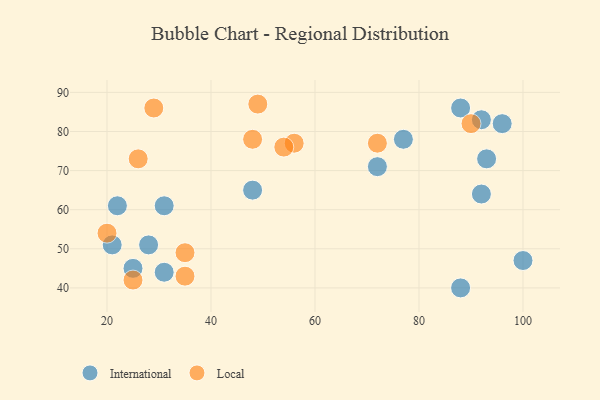
{"axis": {"x": "GDP", "y": "Life Expectancy"}, "legend": ["International", "Local"], "data": [{"x": "72", "y": 71, "type": "International"}, {"x": "77", "y": 78, "type": "International"}, {"x": "21", "y": 51, "type": "International"}, {"x": "100", "y": 47, "type": "International"}, {"x": "88", "y": 40, "type": "International"}, {"x": "22", "y": 61, "type": "International"}, {"x": "31", "y": 61, "type": "International"}, {"x": "96", "y": 82, "type": "International"}, {"x": "88", "y": 86, "type": "International"}, {"x": "48", "y": 65, "type": "International"}, {"x": "93", "y": 73, "type": "International"}, {"x": "28", "y": 51, "type": "International"}, {"x": "31", "y": 44, "type": "International"}, {"x": "25", "y": 45, "type": "International"}, {"x": "92", "y": 64, "type": "International"}, {"x": "92", "y": 83, "type": "International"}, {"x": "56", "y": 77, "type": "Local"}, {"x": "20", "y": 54, "type": "Local"}, {"x": "35", "y": 43, "type": "Local"}, {"x": "35", "y": 49, "type": "Local"}, {"x": "49", "y": 87, "type": "Local"}, {"x": "72", "y": 77, "type": "Local"}, {"x": "25", "y": 42, "type": "Local"}, {"x": "29", "y": 86, "type": "Local"}, {"x": "90", "y": 82, "type": "Local"}, {"x": "26", "y": 73, "type": "Local"}, {"x": "54", "y": 76, "type": "Local"}, {"x": "48", "y": 78, "type": "Local"}]}